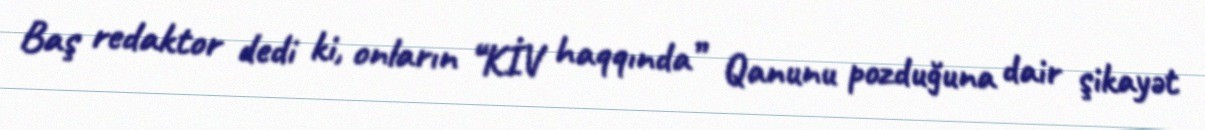
Baş redaktor dedi ki, onların “KİV haqqında” Qanunu pozduğuna dair şikayət